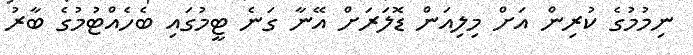
ނިމުމުގެ ކުރިން އަށް މިލިއަން ޑޮލަރަށް އޭނާ ގަނެ ޓީމުގައި ބެހެއްޓުމުގެ ބާރު